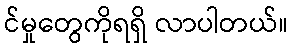
င်မှုတွေကိုရရှိ လာပါတယ်။